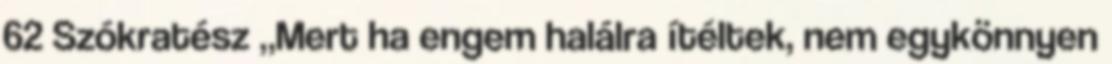
62 Szókratész „Mert ha engem halálra ítéltek, nem egykönnyen